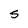
Character: S